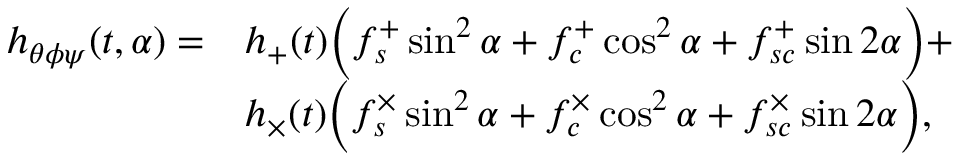
\begin{array} { r l } { h _ { \theta \phi \psi } ( t , \alpha ) = } & { h _ { + } ( t ) \Bigl ( f _ { s } ^ { + } \sin ^ { 2 } { \alpha } + f _ { c } ^ { + } \cos ^ { 2 } { \alpha } + f _ { s c } ^ { + } \sin { 2 \alpha } \Bigr ) + } \\ & { h _ { \times } ( t ) \Bigl ( f _ { s } ^ { \times } \sin ^ { 2 } { \alpha } + f _ { c } ^ { \times } \cos ^ { 2 } { \alpha } + f _ { s c } ^ { \times } \sin { 2 \alpha } \Bigr ) , } \end{array}